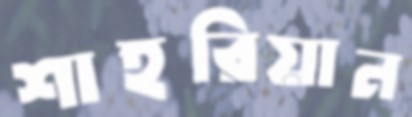
শাহরিয়ান